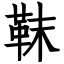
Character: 靺